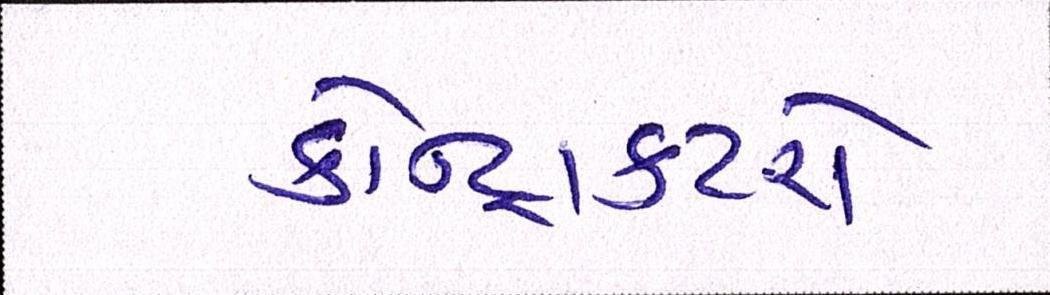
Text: કોન્ટ્રાક્ટરો